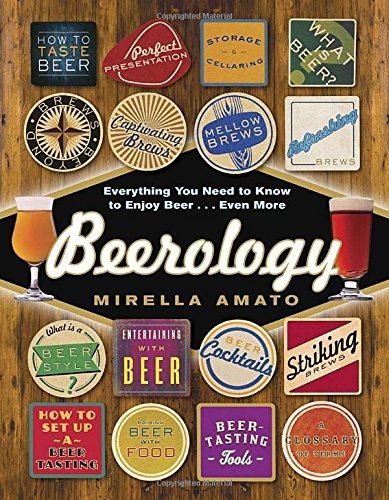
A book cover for Beerology: Everything You Need to Know to Enjoy Beer...Even More; Mirella Amato; Cookbooks, Food & Wine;